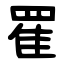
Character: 䍜